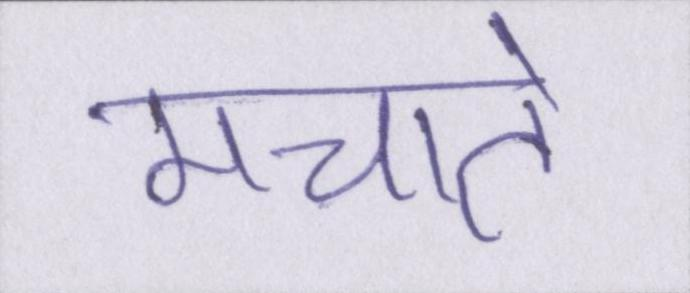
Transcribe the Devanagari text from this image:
मचाते